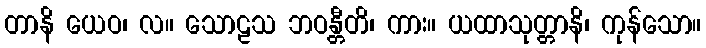
တာနိ ယေဝ၊ လ။ သောဠသ ဘဝန္တီတိ၊ ကား။ ယထာသုတ္တာနိ၊ ကုန်သော။